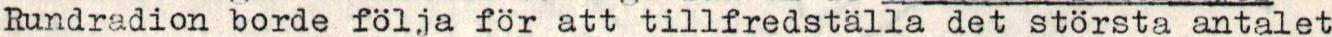
Rundradion borde följa för att tillfredställa det största antalet